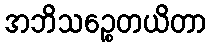
အဘိသဉ္စေတယိတာ